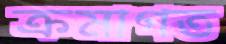
ক্রমাগত